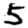
Digit: 5